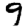
Digit: 9